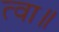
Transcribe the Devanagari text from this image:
त्वा॥